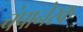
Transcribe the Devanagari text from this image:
चंपानेरक